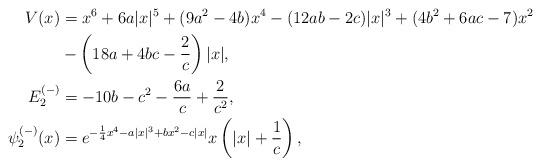
LaTeX: \begin{align*} V(x) & = x^6 + 6a |x|^5 + (9a^2 - 4b) x^4 - (12ab - 2c) |x|^3 + (4b^2 + 6ac - 7) x^2 \\ & - \left(18a + 4bc - \frac{2}{c}\right) |x|, \\ E_2^{(-)} &= - 10b - c^2 - \frac{6a}{c} + \frac{2}{c^2}, \\ \psi_2^{(-)}(x) &= e^{- \frac{1}{4} x^4 - a |x|^3 + b x^2 - c |x|} x \left(|x| + \frac{1}{c}\right),\end{align*}